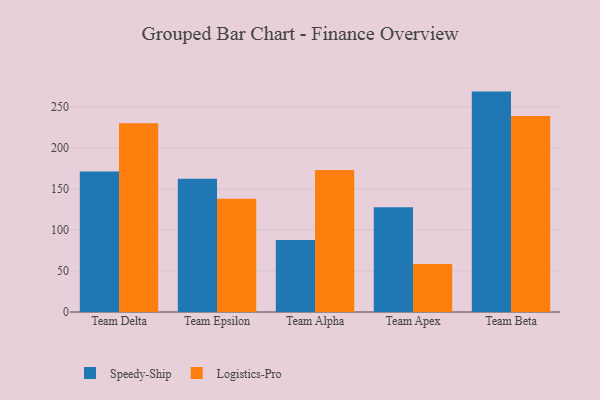
{"axis": {"x": "Team", "y": "Bounce Rate (%)"}, "legend": ["Logistics-Pro", "Speedy-Ship"], "data": [{"x": "Team Delta", "y": 171.3, "type": "Speedy-Ship"}, {"x": "Team Delta", "y": 230.0, "type": "Logistics-Pro"}, {"x": "Team Epsilon", "y": 162.4, "type": "Speedy-Ship"}, {"x": "Team Epsilon", "y": 137.9, "type": "Logistics-Pro"}, {"x": "Team Alpha", "y": 87.8, "type": "Speedy-Ship"}, {"x": "Team Alpha", "y": 173.1, "type": "Logistics-Pro"}, {"x": "Team Apex", "y": 127.6, "type": "Speedy-Ship"}, {"x": "Team Apex", "y": 58.5, "type": "Logistics-Pro"}, {"x": "Team Beta", "y": 268.6, "type": "Speedy-Ship"}, {"x": "Team Beta", "y": 239.0, "type": "Logistics-Pro"}]}